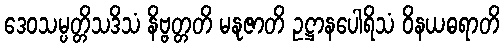
ဒေဝသမ္ပတ္တိသဒိသံ နိဗ္ဗတ္တတိ မနုဇာတိ ဥဋ္ဌာနပေါရိသံ ဝိနယဓရာတိ